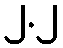
၂.၂